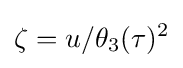
\zeta =u/\theta _{3}(\tau )^{2}